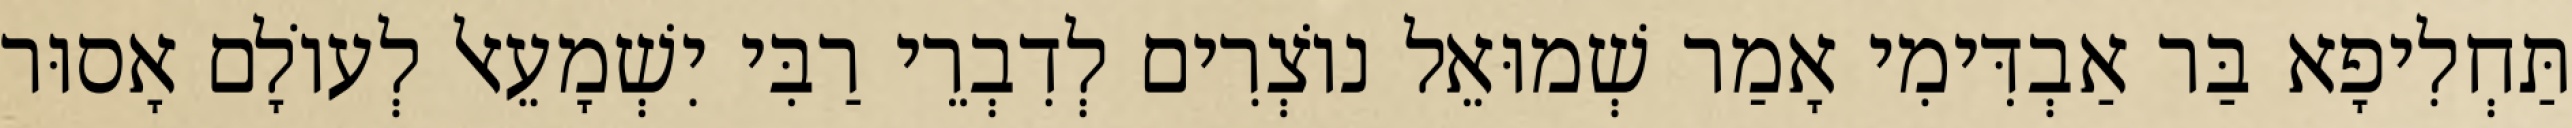
תַּחְלִיפָא בַּר אַבְדִּימִי אָמַר שְׁמוּאֵל נוֹצְרִים לְדִבְרֵי רַבִּי יִשְׁמָעֵאל לְעוֹלָם אָסוּר